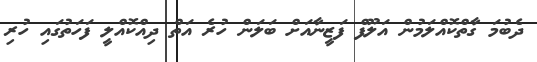
ދެބުމަ ގާތްކޮއްލަމުން އަލޫފް ފަޒީނާއަށް ބަލަން ހުރެ އަތް ދިއްކޮއްލީ ފަހަތުގައި ހުރި